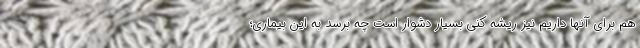
هم برای آنها داریم نیز ریشه کنی بسیار دشوار است چه برسد به این بیماری؛